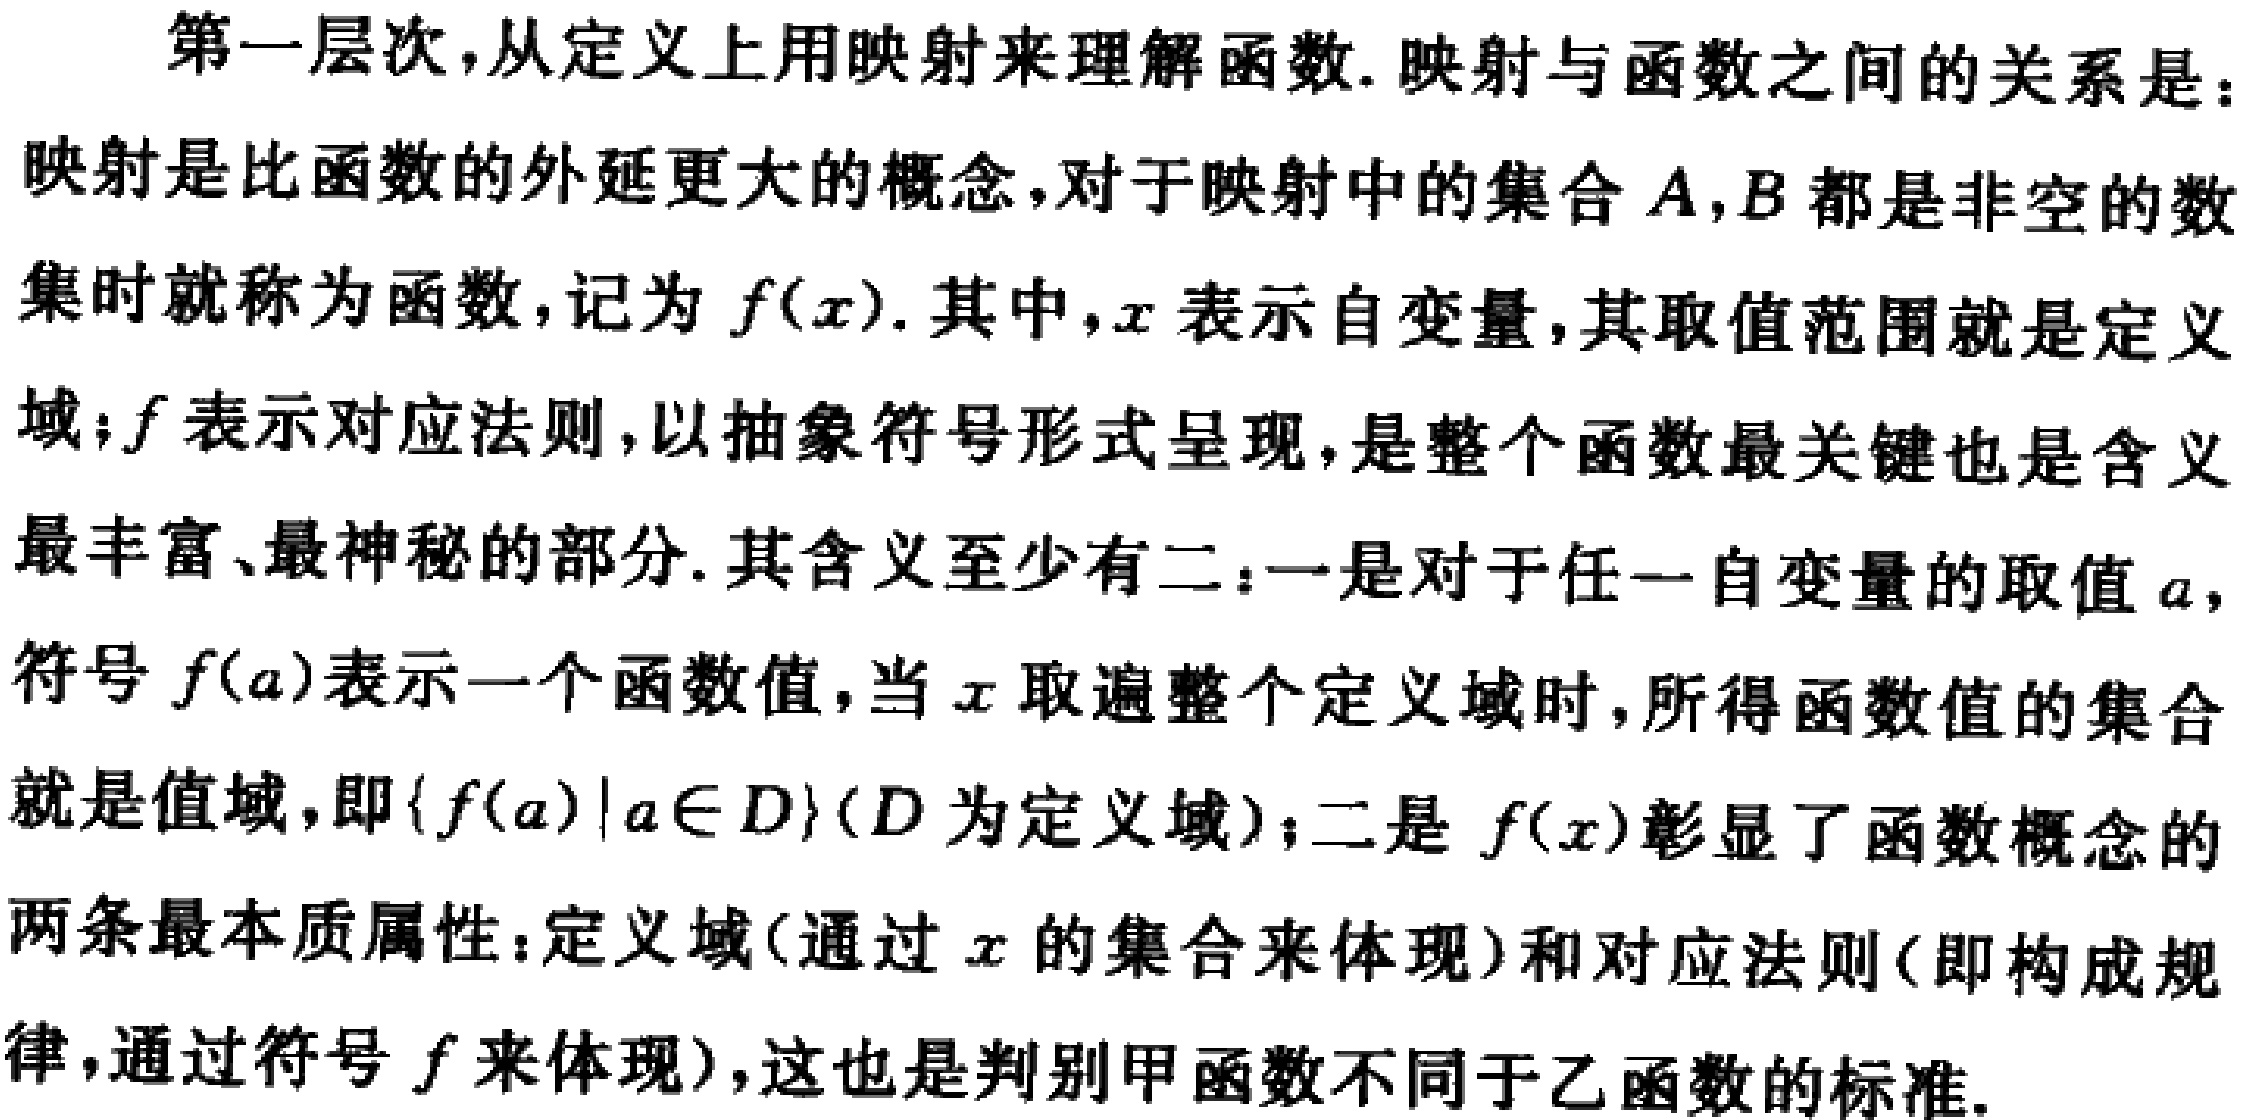
第一层次，从定义上用映射来理解函数. 映射与函数之间的关系是：
映射是比函数的外延更大的概念，对于映射中的集合 \(A,B\) 都是非空的数
集时就称为函数，记为 \(f(x)\). 其中，\(x\) 表示自变量，其取值范围就是定义
域；\(f\) 表示对应法则，以抽象符号形式呈现，是整个函数最关键也是含义
最丰富、最神秘的部分. 其含义至少有二：一是对于任一自变量的取值 \(a\)，
符号 \(f(a)\) 表示一个函数值，当 \(x\) 取遍整个定义域时，所得函数值的集合
就是值域，即\(\{f(a)|a\in D\}\)(\(D\) 为定义域)；二是 \(f(x)\) 彰显了函数概念的
两条最本质属性：定义域(通过 \(x\) 的集合来体现)和对应法则(即构成规
律，通过符号 \(f\) 来体现)，这也是判别甲函数不同于乙函数的标准.